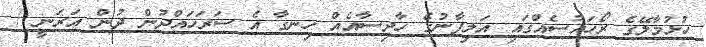
ހުޅުމާލޭގެ ރޯހައުސެއްގައި އަލިފާނުގެ ހާދިސާއެއް ހިނގާ އެ ސަރަހައްދުން ދުން އަރަނީ /